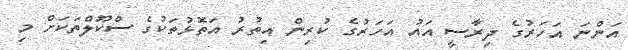
އަންނަ އަހަރުގެ ދިރާސީ އައު އަހަރުގެ ކުރިން އިތުރު އަތޮޅުތަކުގެ ސްކޫލްތަކަށް މި